Leprosy in India: report of the Leprosy Commission in India, 1890-91
Year: 1890
Disease focus: Leprosy
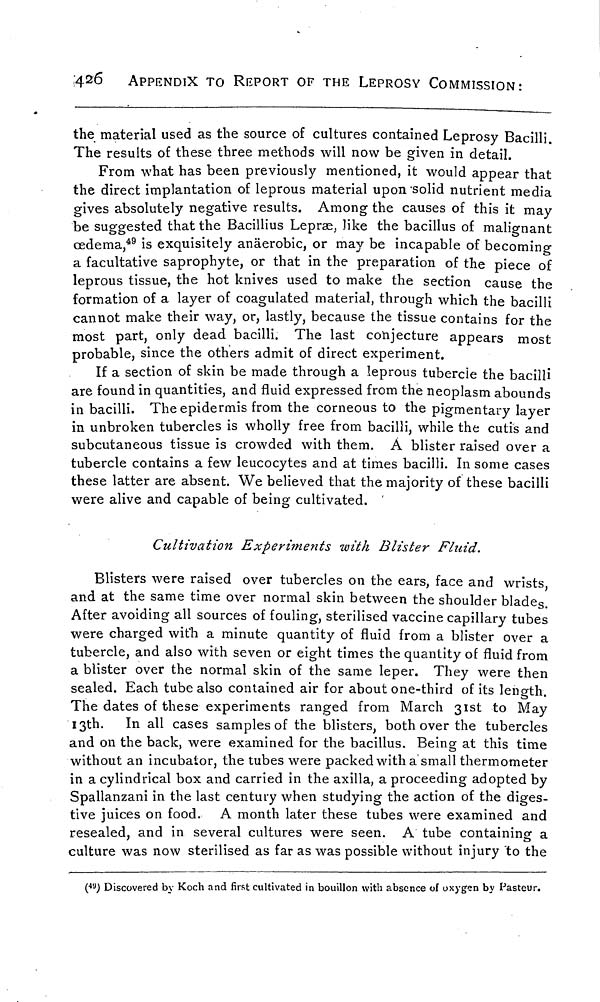
426
APPENDIX TO REPORT OF THE LEPROSY COMMISSION:
the material used as the source of cultures contained Leprosy Bacilli.
The results of these three methods will now be given in detail.
From what has been previously mentioned, it would appear that
the direct implantation of leprous material upon solid nutrient media
gives absolutely negative results. Among the causes of this it may
be suggested that the Bacillius Lepræ, like the bacillus of malignant
oedema, 49 is exquisitely anäerobic, or may be incapable of becoming
a facultative saprophyte, or that in the preparation of the piece of
leprous tissue, the hot knives used to make the section cause the
formation of a layer of coagulated material, through which the bacilli
cannot make their way, or, lastly, because the tissue contains for the
most part, only dead bacilli. The last conjecture appears most
probable, since the others admit of direct experiment.
If a section of skin be made through a leprous tubercle the bacilli
are found in quantities, and fluid expressed from the neoplasm abounds
in bacilli. The epidermis from the corneous to the pigmentary layer
in unbroken tubercles is wholly free from bacilli, while the cutis and
subcutaneous tissue is crowded with them. A blister raised over a
tubercle contains a few leucocytes and at times bacilli. In some cases
these latter are absent. We believed that the majority of these bacilli
were alive and capable of being cultivated. '
Cultivation Experiments with Blister Fluid.
Blisters were raised over tubercles on the ears, face and wrists
and at the same time over normal skin between the shoulder blades.
After avoiding all sources of fouling, sterilised vaccine capillary tubes
were charged with a minute quantity of fluid from a blister over a
tubercle, and also with seven or eight times the quantity of fluid from
a blister over the normal skin of the same leper. They were then
sealed. Each tube also contained air for about one-third of its length.
The dates of these experiments ranged from March 31st to May
13th. In all cases samples of the blisters, both over the tubercles
and on the back, were examined for the bacillus. Being at this time
without an incubator, the tubes were packed with a small thermometer
in a cylindrical box and carried in the axilla, a proceeding adopted by
Spallanzani in the last century when studying the action of the diges-
tive juices on food. A month later these tubes were examined and
resealed, and in several cultures were seen. A tube containing a
culture was now sterilised as far as was possible without injury to the
( 49 ) Discovered b\ Koch and first cultivated in bouillon with absence of oxygen by Pasteur.